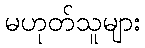
မဟုတ်သူများ